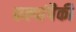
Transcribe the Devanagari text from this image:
कल्पांपैकी